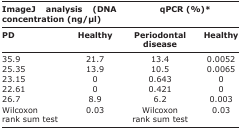
<table><thead><tr><td colspan="4"><b>ImageJ analysis (DNA qPCR (%)* concentration (ng/μl)</b></td></tr><tr><td><b>PD</b></td><td><b>Healthy</b></td><td><b>Periodontal disease</b></td><td><b>Healthy</b></td></tr></thead><tbody><tr><td>35.9</td><td>21.7</td><td>13.4</td><td>0.0052</td></tr><tr><td>25.35</td><td>13.9</td><td>10.5</td><td>0.0065</td></tr><tr><td>23.15</td><td>0</td><td>0.643</td><td>0</td></tr><tr><td>22.61</td><td>0</td><td>0.421</td><td>0</td></tr><tr><td>26.7</td><td>8.9</td><td>6.2</td><td>0.003</td></tr><tr><td>Wilcoxon rank sum test</td><td>0.03</td><td>Wilcoxon rank sum test</td><td>0.03</td></tr></tbody></table>